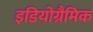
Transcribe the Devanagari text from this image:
इडियोग्रैमिक